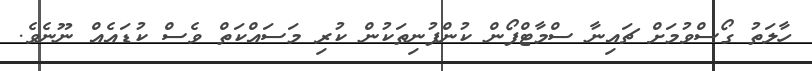
ހާލަތު ގޯސްވުމަށް ޗައިނާ ސްމާޓްފޯން ކުންފުނިތަކުން ކުރި މަސައްކަތް ވެސް ކުޑައެއް ނޫނެވެ.